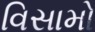
વિસામો